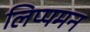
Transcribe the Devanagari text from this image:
लिप्पमन